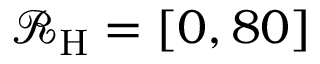
\mathcal { R } _ { \mathrm { H } } = [ 0 , 8 0 ] ~ \